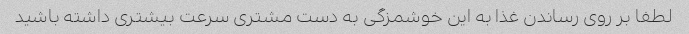
لطفا بر روی رساندن غذا به این خوشمزگی به دست مشتری سرعت بیشتری داشته باشید